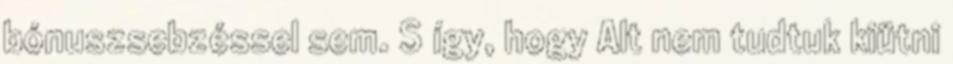
bónuszsebzéssel sem. S így, hogy Alt nem tudtuk kiütni